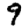
Digit: 9